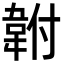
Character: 𩎠